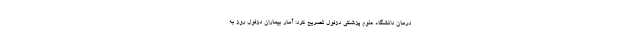
درمان دانشگاه علوم پزشکی دزفول تصریح کرد: آمار بیماران دزفول روز به